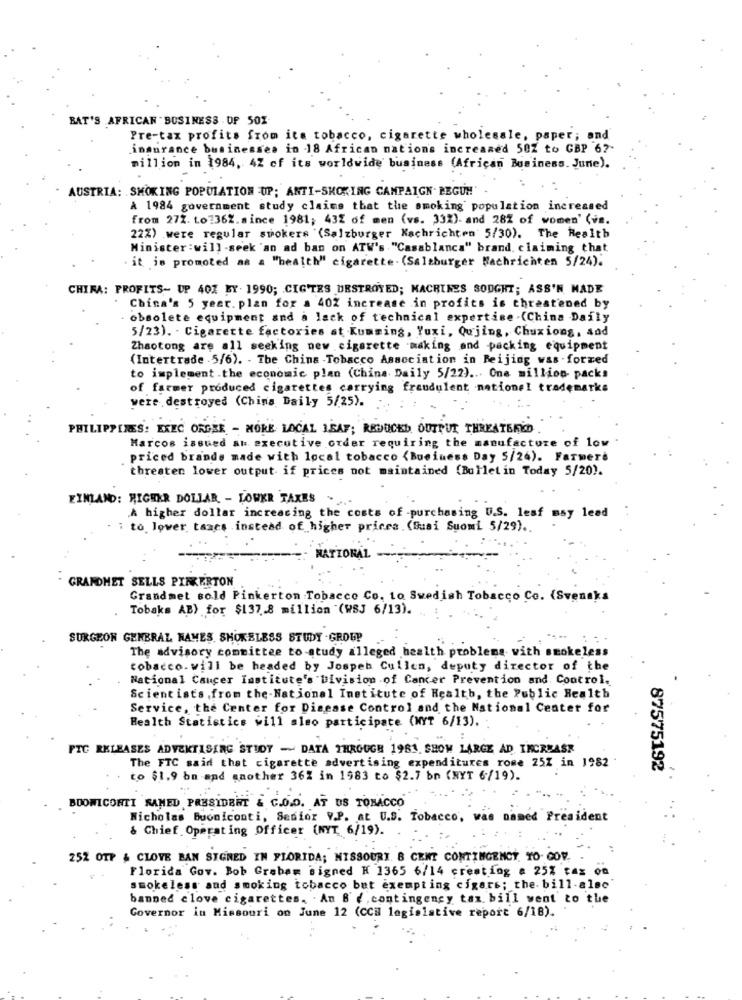
BAT'S AFRICAN " BUSINESS OF 501
Pre-tax profits from its tobacco, cigarette wholesale, paper; and
insurance businesses in 18 African nations increased 50Z to GBP 62-
million in 1984, 42 of its worldwide business (African Business. June).
AUSTRIA: SMOKING POPULATION UP; ANTI-SKOKING CAMPAIGN. PEGU !! "
A 1984 government study claims that the smoking population increased
from 27%. Lo?36%.since 1981; 43% of men (vs. 332)- and 282 of women' (is.
22%) were regular smokers '(Salzburger Nachrichten 5/30). The Health
Minister :will -seek 'an ad ban on ATW's . "Casablanca" brand. claiming that
. it is promoted as a "health" cigarette- (Salzburger Nachrichten 5/24).
CHIRA: PROFITS- UP 402 BY. 1990; CIGTES DESTROYED; MACHINES SOUGHT; ASS'N MADE
China's 5 year. plan for a 40% increase in profits is threatened by
obsolete equipment and a lack of technical expertise .(China Daily
5/23). - Cigarette factories at Kumming, Yuxi, Qujing, Chuxiong, sad
Zhaotong are all seeking new cigarette making and packing equipment
(Intertrade .5/6). - The China -Tobacco Association in Beijing was -forzed
to implement.the economic plan (China Daily 5/22) ... One million packs
of farmer produced cigarettes carrying fraudulent national trademarks
were destroyed (China Daily 5/25).
PHILIPPINES: EXEC ORGER - MORE LOCAL ISAF; REDUCED OUTPUT THREATENED.
Marcos issued al executive order requiring the manufacture of low
priced brande made with local tobacco <Business Day 5/24). Farmere
threaten lower output if prices not maintained (Bulletin Today 5/20).
EINLAND: HIGHER DOLLAR - LOWKR TAXES .
A higher dollar increasing the costs of -purchasing U.S. lesf may lead
i to lower taxes .instead of higher prices . (Busi Suomi 5/29) ..
NATIONAL
- GRANDHET SELLS PINKERTON
Grandmet sold Pinkerton Tobacco Co. to Swedish Tobacco Co. (Svenska
Tobaks AB) for $137.8 million (WSJ 6/13). ..
SURGEON GENERAL HAMES SHOKELESS STUDY -GROUP
The advisory committee to study alleged health problems with smokeless
tobacco. will be headed by Jospeh Cullen, deputy director of the
National Cancer Institute's Division of Cancer Prevention and Control.
Scientists,from the-National Institute of Health, the Public Health
Service, the Center for Disease Control and the National Center for
Health Statistics will also participate (NYT 6/13).
FTC RELEASES ADVERTISING STUDY - DATA THROUGH 1981 SHOW LARGE AD INCREASE
The FTC said that cigarette advertising expenditures rome 25Z in 1982
87575192
to $1.9 bn and another 36% in 1983 to $2.7 bn (NYT 6/19).
BOOWICONTI NAMED PRESIDENT & C.O.D. AT US TOBACCO
Nicholas Buoniconti, Senior V.P. at U.S. Tobacco, was named President
& Chief Operating Officer (NYT 6/19).
25% OTP & CLOVE BAN SIGNED IN FLORIDA; MISSOURI, B CENT CONTINGENCY. TO- COV.
Florida Gov. Bob Grabam signed K 1365 6/14 creating # 25% tax on
smokeless and smoking tobacco bet exempting cigars; the- bill-also
banned clove cigarettes. . An B (, contingency tax bill went to the
Governor in Missouri on June 12 (CCH legislative report 6/18).